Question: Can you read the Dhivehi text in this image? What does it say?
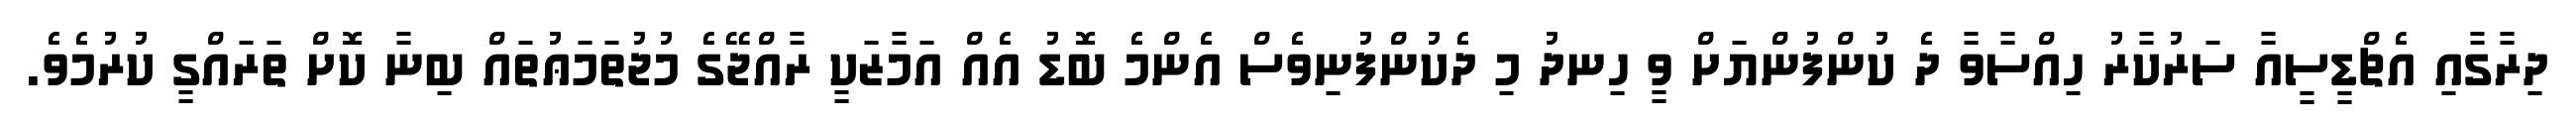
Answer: ދިރާގާއި އެޗްޑީސީއާ ސަރުކާރު ހިއްސާވާ ދެ ކުންފުންޔަށް ވީ ހިނދު މި ދެކުންފުނިވެސް އެންމެ ބޮޑު އެއް އަމާޒަކީ ރާއްޖޭގެ މުޖުތަމަޢުތައް ބިނާ ކޮށް ތަރައްގީ ކުރުމެވެ.